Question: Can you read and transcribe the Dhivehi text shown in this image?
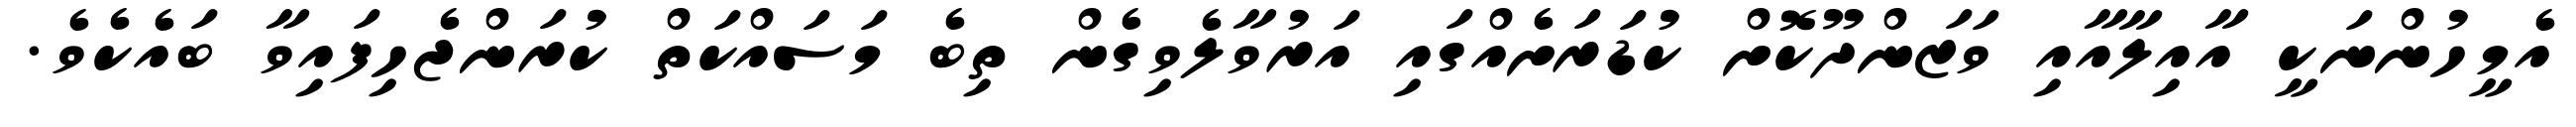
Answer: އެމީހުންނަކީ އާއިލާއާއި ވަޒަންދޫކޮށް ކުޑަރަށެއްގައި އަރުވާލެވިގެން ތިބެ މަސައްކަތް ކުރަންޖެހިފައިވާ ބައެކެވެ.